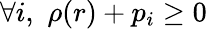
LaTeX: \forall i,\, \, \rho(r)+p_{i}\geq 0